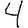
Digit: 4